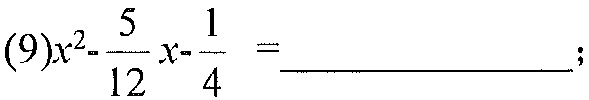
(9)$x^{2}-\frac{5}{12}x - \frac{1}{4}=$ \_\_\_\_\_\_\_\_\_\_\_\_\_\_ ;